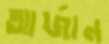
আর্জান